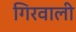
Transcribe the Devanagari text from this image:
गिरवाली